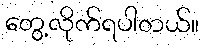
တွေ့လိုက်ရပါတယ်။